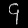
Digit: ၄